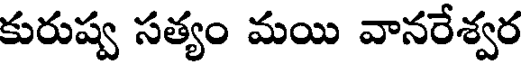
కురుష్వ సత్యం మయి వానరేశ్వర